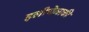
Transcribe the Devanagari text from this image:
इलीचेव्सकी